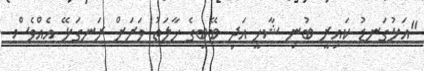
"އަޅުގަނޑު ކައިރީ ބުނި ޝާހީ އަދި ބޭބިގެ ހާލަތު ވަރަށް ރަނގަޅޭ އެއްވެސް